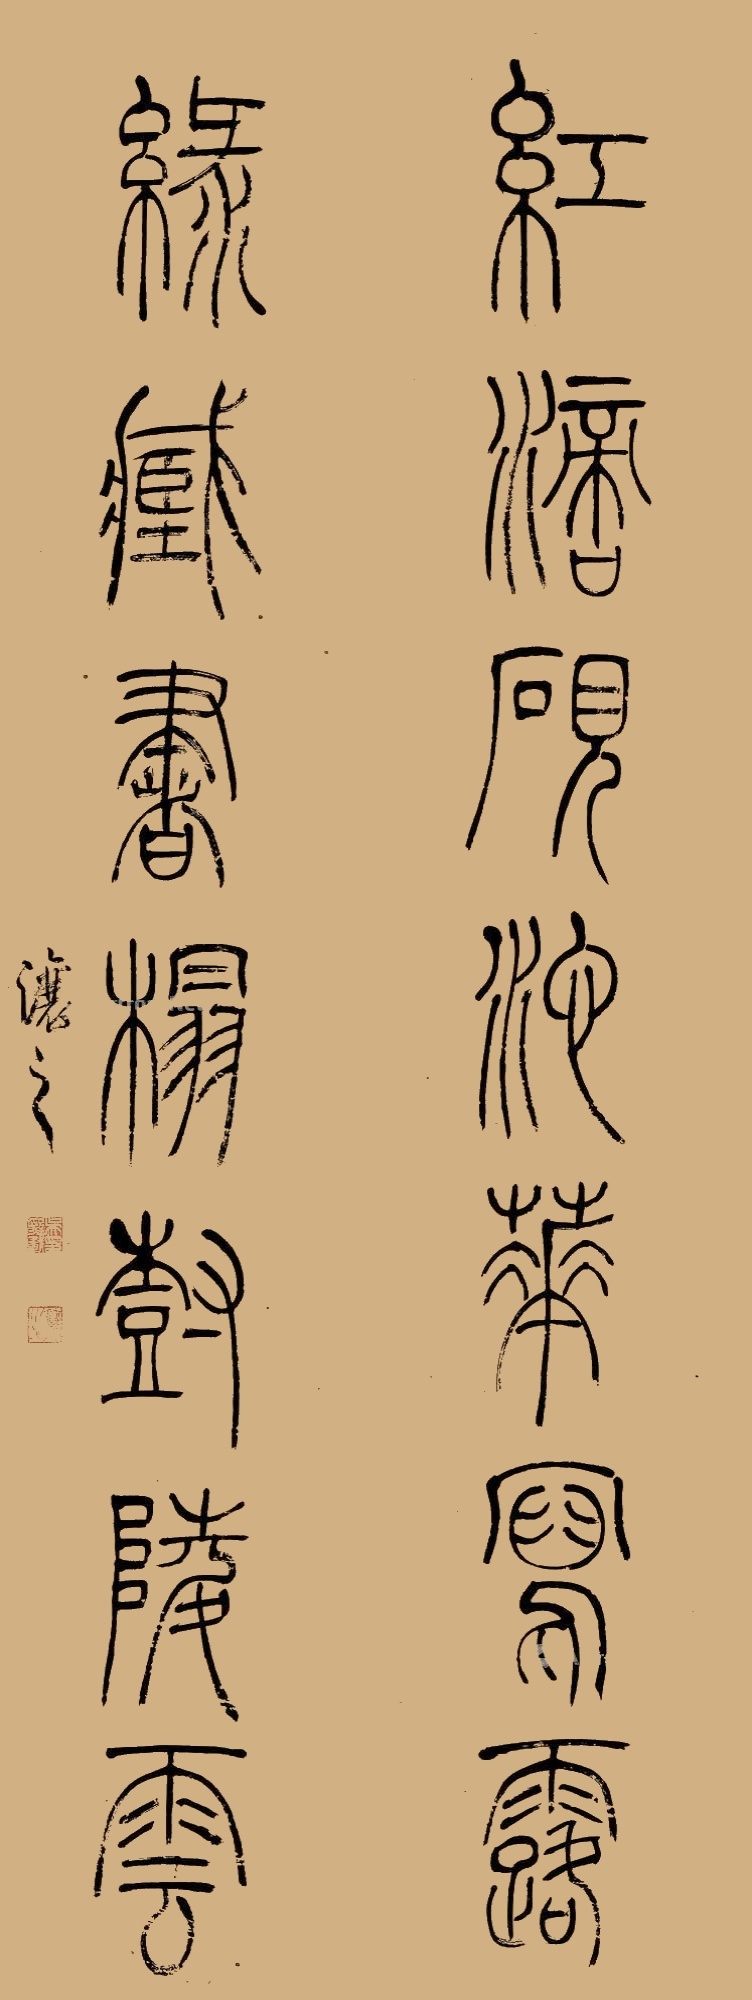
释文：红滴砚池花泻露，绿藏书榻树陵云。让之。